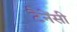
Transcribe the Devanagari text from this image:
टैनेंसी